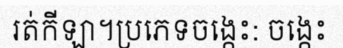
រត់កីឡា។ប្រភេទចង្កេះ: ចង្កេះ